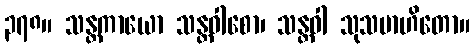
၃၇၈။ သန္တကာယော သန္တဝါစော၊ သန္တဝါ သုသမာဟိတော။